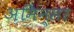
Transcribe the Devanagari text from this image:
अमिन्सर